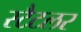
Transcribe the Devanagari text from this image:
स्टैटलर